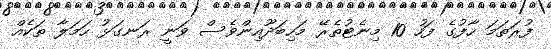
ފުރަތަމަ ހާފުގެ ފަހު 10 މިނެޓުތެރޭ މަހިބަދޫއިންވެސް ވަނީ ރަނގަޅު ހަމަލާ ތަކެއް